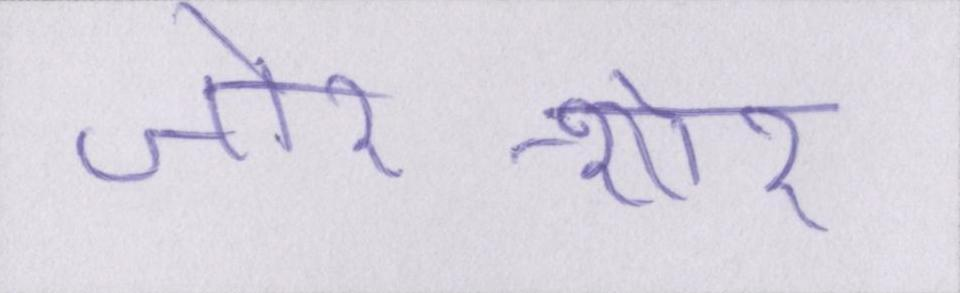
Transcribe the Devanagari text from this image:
जोर-शोर